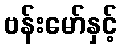
ဗန်းမော်နှင့်